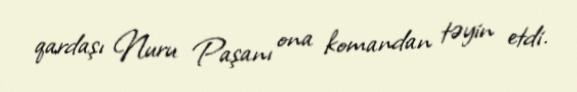
qardaşı Nuru Paşanı ona komandan təyin etdi.